Annual report of the Punjab Veterinary College and of the Civil Veterinary Department, Punjab - 1894-1908
Year: 1894
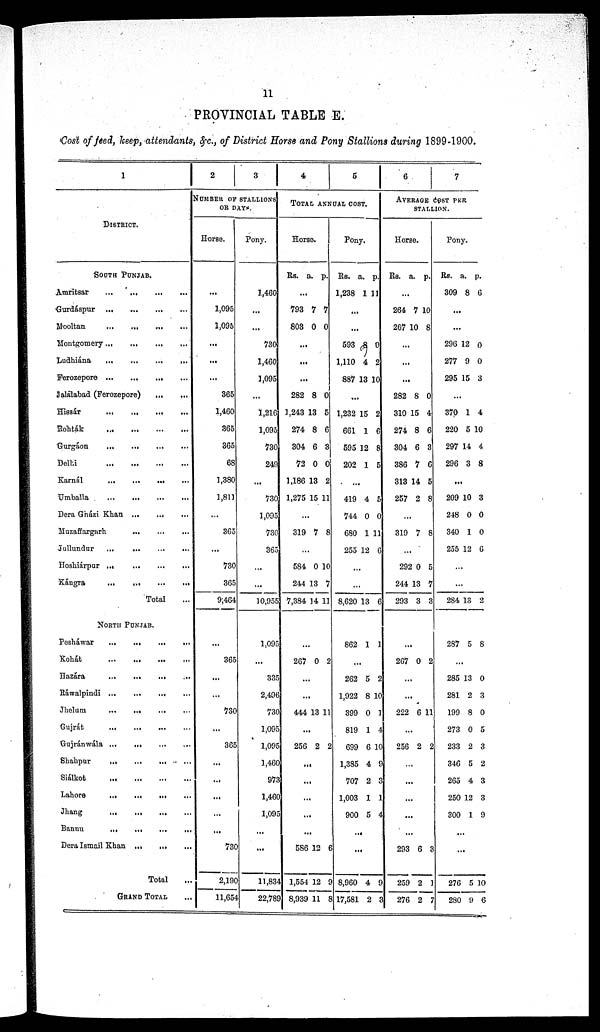
11
PROVINCIAL TABLE E.
Cost of feed, keep, attendants, &c., of District Horse and Pony Stallions during 1899-1900.
1
DISTRICT.
SOUTH PUNJAB.
Amritsar
...
...
...
...
Gurdáspur
...
...
...
...
Mooltan
...
...
...
Montgomery
...
...
...
...
Ludhiána
...
...
...
...
Ferozepore
...
...
...
...
Jalálabad (Ferozepore)
...
...
Hissár
...
...
...
...
Rohták
...
...
...
...
Gurgáon
... ... ... ...
Delhi
...
...
...
...
Karnál ... ...
...
...
Umballa
...
...
...
...
Dera Gházi Khan ... ... ... ...
Muzaffargarh ... ... ...
Jullundur
... ... ... ... ...
Hoshiárpur
...
...
...
...
Kángra
...
...
...
...
Total ...
NORTH PUNJAB.
Pesháwar
...
...
...
...
Kohát
...
...
...
...
Hazára
...
...
...
...
Ráwalpindi ...
...
...
Jhelum
...
...
...
Gujrát
...
...
Gujránwála ...
...
Shahpur
...
...
... ... ...
Siálkot
...
...
...
...
Lahore
...
...
...
Jhang
...
...
...
Bannu
...
...
...
...
Dera Ismail Khan ...
...
Total ...
GRAND TOTAL ...
2
3
NUMBER OF STALLIONS
OR DAYS.
Horse.
...
1,095
1,095
...
...
...
365
1,460
365
365
68
1,380
1,811
...
365
...
730
365
9,464
...
365
...
...
730
...
365
...
...
...
...
...
730
2,190
11,654
Pony.
1,460
...
...
730
1,460
1,095
...
1,216
1,095
730
249
...
730
1,095
730
365
...
...
10,955
1,095
...
335
2,496
730
1,095
1,095
1.460
973
1,460
l,095
...
...
11,834
22,789
4
5
TOTAL ANNUAL COST.
Horse.
Rs. a. p.
...
793
808
7
0
7
0
...
...
...
282
1,243
274
304
72
1,186
1,275
8
13
8
6
0
13
15
0
5
6
3
0
2
11
...
319 7 8
...
584
244
7,384
0
13
14
10
7
11
...
267 0 2
...
...
444 13 11
...
256 2 2
...
...
...
...
...
586
1,554
8,939
12
12
11
6
9
8
Pony.
Rs.
1,238
a.
1
p.
11
...
...
593
1,110
887
8
4
13
0
2
10
...
1,232
661
595
202
15
1
12
1
2
6
8
5
...
419
744
680
255
4
0
1
12
5
0
11
6
...
...
8,620 13 6
862 1 1
...
262
1,922
399
819
699
1,385
707
1,003
900
5
8
0
1
6
4
2
1
5
2
10
1
4
10
9
3
1
4
...
...
8,960
17,581
4
2
9
3
6
7
AVERAGE COST PER
STALLION.
Horse.
Rs. a. p.
...
264
267
7
10
10
8
...
...
...
282
310
274
304
386
313
257
8
15
8
6
7
14
2
0
4
6
3
6
5
8
...
319 7 8
...
292
244
293
0
13
3
5
7
3
...
267 0 2
...
...
222 6 11
...
256 2 2
...
...
...
...
...
293
259
276
6
2
2
3
1
7
Pony.
Rs.
309
a.
8
p.
6
...
...
296
277
295
12
9
15
0
0
3
...
370
220
297
296
1
5
14
3
4
10
4
8
...
209
248
340
255
10
0
1
12
3
0
0
6
...
...
284 13 2
287 5 8
...
285
281
199
273
233
346
265
250
300
13
2
8
0
2
5
4
12
1
0
3
0
5
3
2
3
3
9
...
...
276
280
5
9
10
6